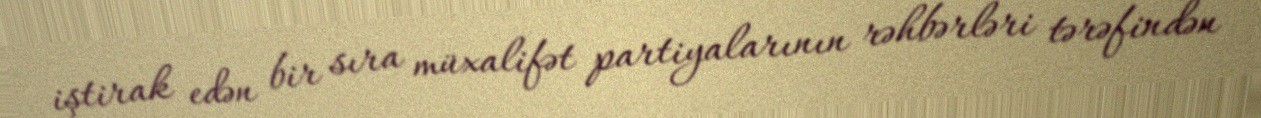
iştirak edən bir sıra müxalifət partiyalarının rəhbərləri tərəfindən